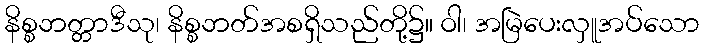
နိစ္စဘတ္တာဒီသု၊ နိစ္စဘတ်အစရှိသည်တို့၌။ ဝါ၊ အမြဲပေးလှူအပ်သော